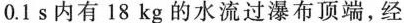
0.1s内有18kg的水流过瀑布顶端，经